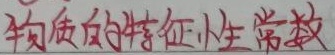
物质的特征小生常教